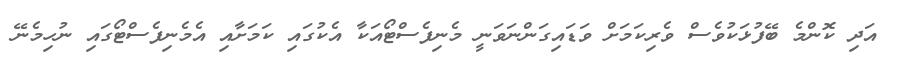
އަދި ކޮންމެ ބޭފުޅަކުވެސް ވެރިކަމަށް ވަޑައިގަންނަވަނީ މެނިފެސްޓޯއަކާ އެކުގައި ކަމަށާއި އެމެނިފެސްޓޯގައި ނުހިމެނޭ